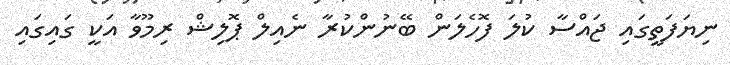
ނިޔަފަތީގައި ޖައްސާ ކުލަ ފޮހެލަން ބޭނުންކުރާ ނެއިލް ޕޮލިޝް ރިމޫވާ އަކީ ގައިގައި